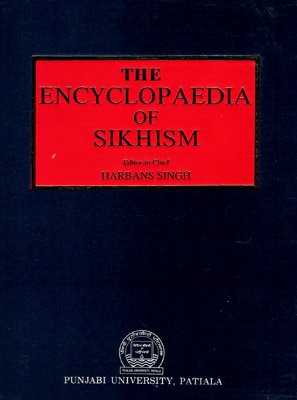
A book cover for Encyclopaedia of Sikhism, Vol. 2: E - L; Religion & Spirituality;